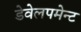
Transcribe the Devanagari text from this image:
डेवेलपमेन्ट